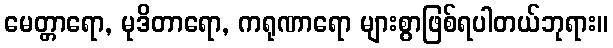
မေတ္တာရော, မုဒိတာရော, ကရုဏာရော များစွာဖြစ်ရပါတယ်ဘုရား။